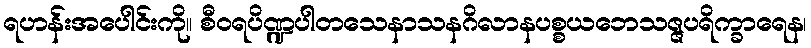
ရဟန်းအပေါင်းကို။ စီဝရပိဏ္ဍပါတသေနာသနဂိလာနပစ္စယဘေသဇ္ဇပရိက္ခာရေန၊